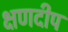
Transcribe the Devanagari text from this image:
क्षणदीप